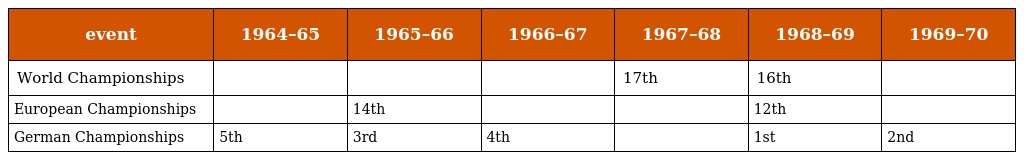
| event | 1964–65 | 1965–66 | 1966–67 | 1967–68 | 1968–69 | 1969–70 |
 | --- | --- | --- | --- | --- | --- | --- |
 | World Championships |  |  |  | 17th | 16th |  |
 | European Championships |  | 14th |  |  | 12th |  |
 | German Championships | 5th | 3rd | 4th |  | 1st | 2nd |